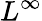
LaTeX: L^{\infty}